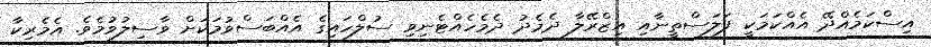
އިސްކަމެއްދޭ އެއްކަމަކީ ފަލަސްތީނާއި އިޒްރޭލާ ދެމެދު ދެމެހެއްޓެނިވި ސުލްހައިގެ އެއްބަސްވުމަކަށް ވާސިލުވުމެވެ. އެމެރިކާ